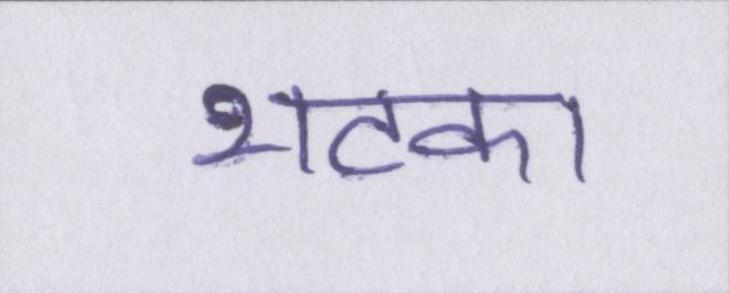
भटका